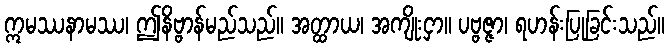
ဣမဿနာမဿ၊ ဤနိဗ္ဗာန်မည်သည်။ အတ္ထာယ၊ အကျိုးငှာ။ ပဗ္ဗဇ္ဇာ၊ ရဟန်းပြုခြင်းသည်။